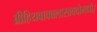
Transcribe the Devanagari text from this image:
ब्रीहियवावबलासावदोमधौ।